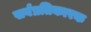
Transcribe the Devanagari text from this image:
सर्वप्रतिकारक